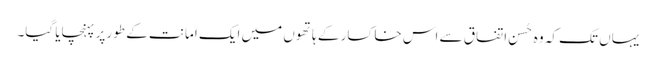
یہاں تک کہ وہ حُسن اتفاق سے اس خاکسار کے ہاتھوں میں ایک امانت کے طور پر پہنچایا گیا۔